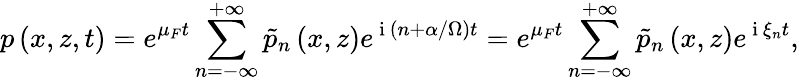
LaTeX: p\left(x,z,t\right)=e^{\mu_{F}t}\sum_{n=-\infty}^{+\infty}\tilde{p}_{n}\left(x,z\right)e^{\mathrm{~i~}\left(n+\alpha/\Omega\right)t}=e^{\mu_{F}t}\sum_{n=-\infty}^{+\infty}\tilde{p}_{n}\left(x,z\right)e^{\mathrm{~i~}\xi_{n}t},